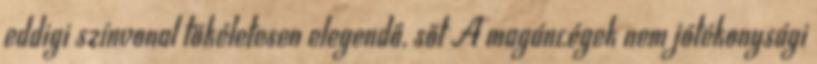
eddigi színvonal tökéletesen elegendő, sőt A magáncégek nem jótékonysági